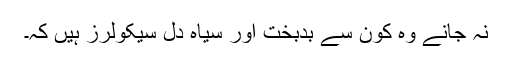
نہ جانے وہ کون سے بدبخت اور سیاہ دل سیکولرز ہیں کہ۔